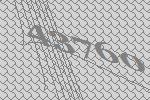
43760